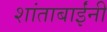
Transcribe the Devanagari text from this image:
शांताबार्इंनी